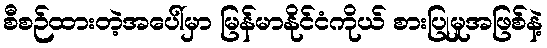
စီစဉ်ထားတဲ့အပေါ်မှာ မြန်မာနိုင်ငံကိုယ် စားပြုမှုအဖြစ်နဲ့